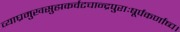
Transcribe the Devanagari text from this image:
व्याघ्रमुखसुह्मकर्वटचान्द्रपुराःषूर्पकर्णाष्च।